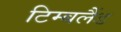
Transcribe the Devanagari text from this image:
टिम्बलैंड